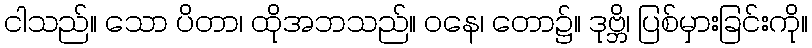
ငါသည်။ သော ပိတာ၊ ထိုအဘသည်။ ဝနေ၊ တော၌။ ဒုဗ္ဘိ၊ ပြစ်မှားခြင်းကို။